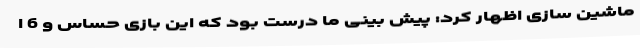
ماشین سازی اظهار کرد: پیش بینی ما درست بود که این بازی حساس و 6 ا